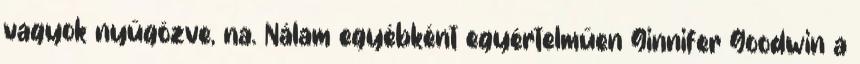
vagyok nyűgözve, na. Nálam egyébként egyértelműen Ginnifer Goodwin a